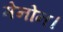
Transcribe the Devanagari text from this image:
मेनोन।